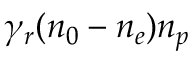
\gamma _ { r } ( n _ { 0 } - n _ { e } ) n _ { p }